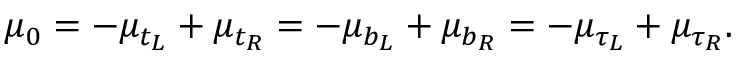
\mu _ { 0 } = - \mu _ { t _ { L } } + \mu _ { t _ { R } } = - \mu _ { b _ { L } } + \mu _ { b _ { R } } = - \mu _ { \tau _ { L } } + \mu _ { \tau _ { R } } .